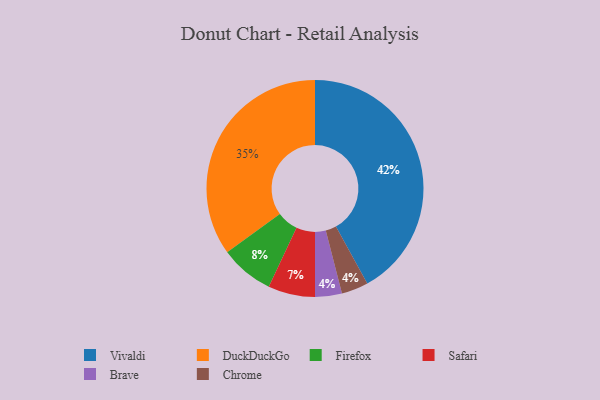
{"axis": {"x": "Category", "y": "Percentage"}, "legend": ["Brave", "Chrome", "DuckDuckGo", "Firefox", "Safari", "Vivaldi"], "data": [{"x": "DuckDuckGo", "y": 35, "type": "DuckDuckGo"}, {"x": "Vivaldi", "y": 42, "type": "Vivaldi"}, {"x": "Firefox", "y": 8, "type": "Firefox"}, {"x": "Brave", "y": 4, "type": "Brave"}, {"x": "Safari", "y": 7, "type": "Safari"}, {"x": "Chrome", "y": 4, "type": "Chrome"}]}